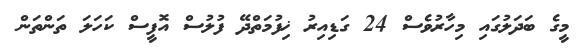
މީގެ ބަދަލުގައި މިހާރުވެސް 24 ގަޑިއިރު ޚިފުމަތްދޭ ފުލުސް އޮފީސް ކަހަލަ ތަންތަން